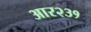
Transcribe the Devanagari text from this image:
आर२३१